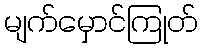
မျက်မှောင်ကြုတ်